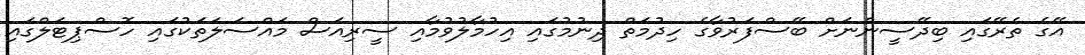
އޭގެ ތެރޭގައި ބިދޭސީންނަށް ބޭސްފަރުވާގެ ހިދުމަތް ދިނުމުގައި އިހުމާލުވުމާއި ސީރިއަސް މައްސަލަތަކުގައި ހޮސްޕިޓަލްގައި